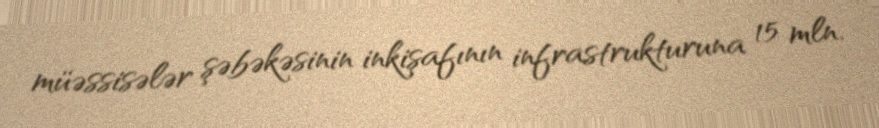
müəssisələr şəbəkəsinin inkişafının infrastrukturuna 15 mln.